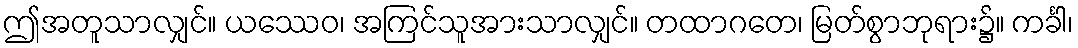
ဤအတူသာလျှင်။ ယဿေဝ၊ အကြင်သူအားသာလျှင်။ တထာဂတေ၊ မြတ်စွာဘုရား၌။ ကင်္ခါ၊